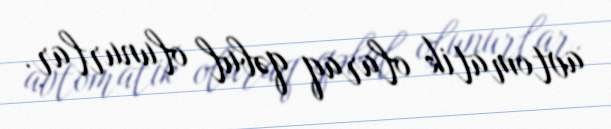
avtomatik olaraq qəbul olunurlar.